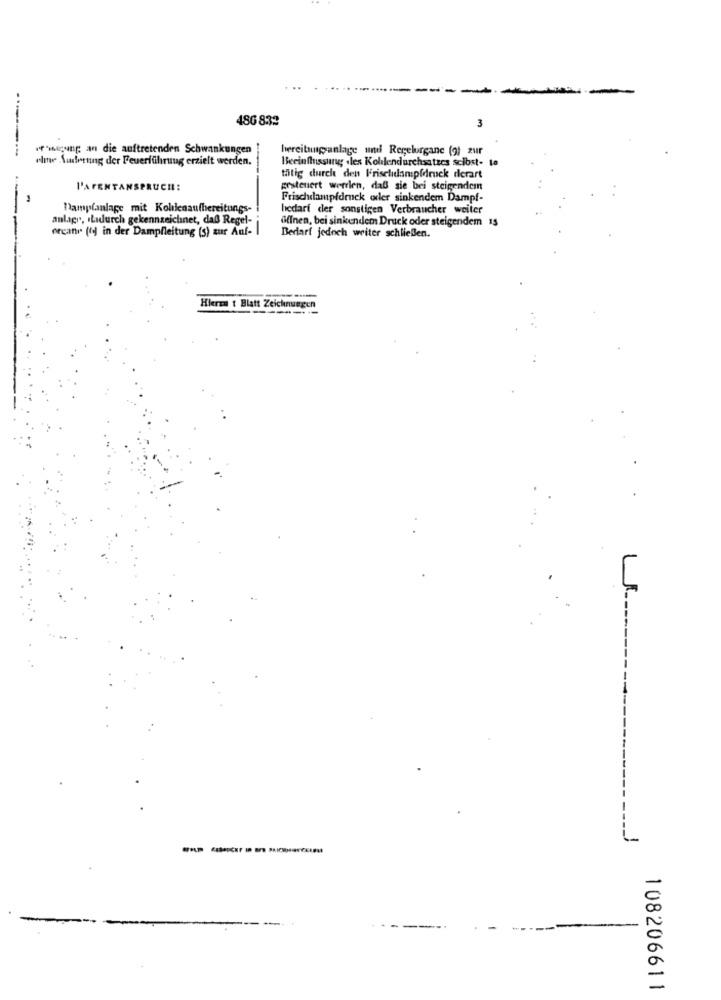
486 832
3
if'wicung an die auftretenden Schwankungen
bereitunganlage und Regelorgane (9)_zur
olme Auderung der Feuerführung erzielt werden.
Beeinflussung .les Kohlendurchsatzes selbst- to
tätig durch den F'rischidampfdruck derart
l'AFENTANSPRUCH:
prstenert werrlen, daß sie bei steigendem
Frischdampfdruck oder sinkendem Dampf-
Dampfanlage mit Kollenaufbereitungs-
hedari der sonstigen Verbraucher weiter
anlage, Ladurch gekennzeichnet, daß Regel-
öffnen, bei sinkendem Druck oder steigendem 15
orcanr (fi) in der Dampfleitung (s) zur Auf-
Bedarf jedoch weiter schließen.
Hierza t Blatt Zeichnungen
-----
108206611